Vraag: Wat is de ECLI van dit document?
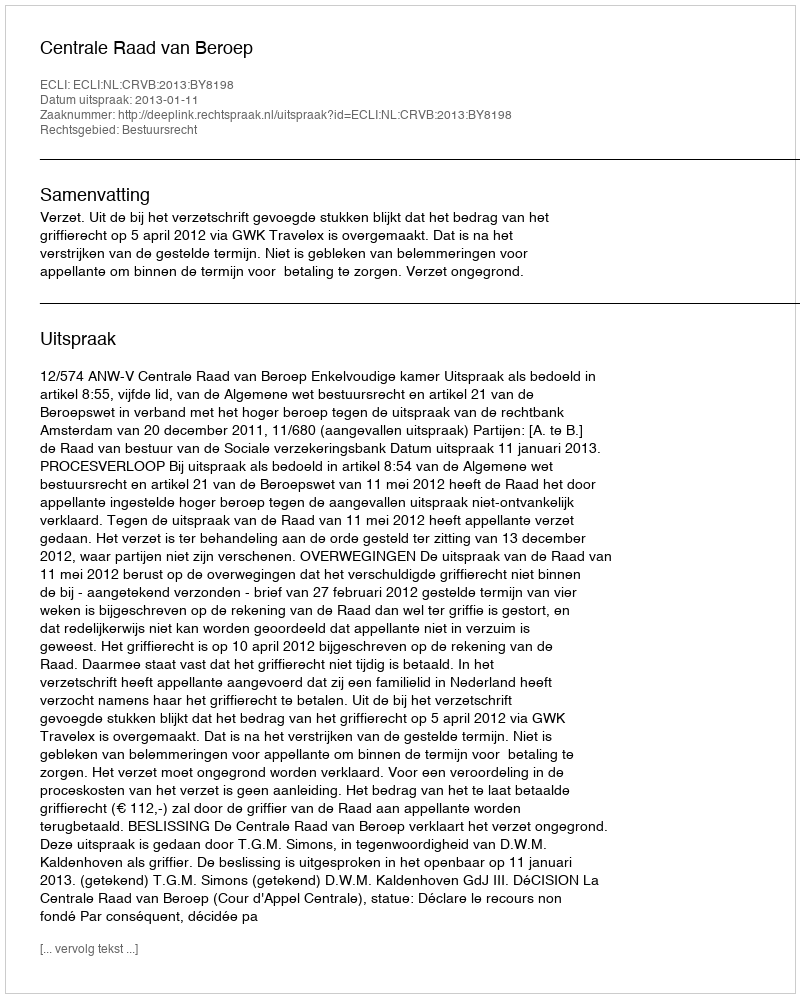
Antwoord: ECLI:NL:CRVB:2013:BY8198